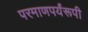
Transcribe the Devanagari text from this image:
परमाणपर्यंरूपी